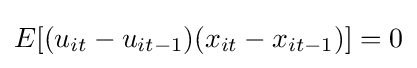
E[(u_{it}-u_{it-1})(x_{it}-x_{it-1})]=0